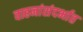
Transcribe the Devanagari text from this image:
वाहनांसंदर्भात